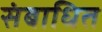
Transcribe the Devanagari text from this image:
संबाधित